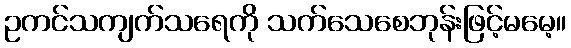
ဥကင်သကျက်သရေကို သက်သေစေဘုန်းဖြင့်မမေ့။